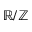
\mathbb { R } / \mathbb { Z }